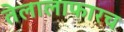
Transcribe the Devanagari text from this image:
तेलालाफारच